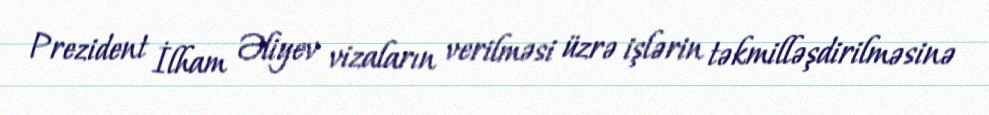
Prezident İlham Əliyev vizaların verilməsi üzrə işlərin təkmilləşdirilməsinə